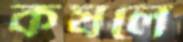
কষলে